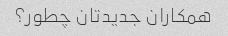
همکاران جدیدتان چطور؟